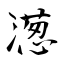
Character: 濍